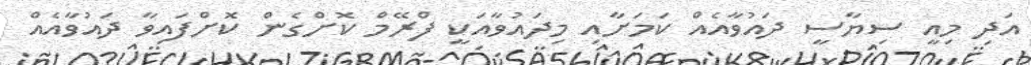
އަދި މިއީ ސިޔާސީ ދައުވާއެއް ކަމަށާއި މިދައުވާއަކީ ފްރޭމް ކޮށްގެން ކޮށްފައިވާ ދައުވާއެއް